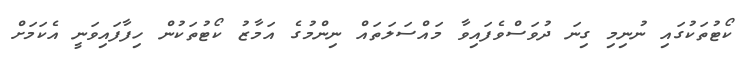
ކޯޓުތަކުގައި ނުނިމި ގިނަ ދުވަސްވެފައިވާ މައްސަލަތައް ނިންމުގެ އަމާޒު ކޯޓުތަކުން ހިފާފައިވަނީ އެކަމަށް